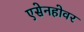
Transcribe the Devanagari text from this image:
एसेनहोवर